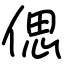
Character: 偲